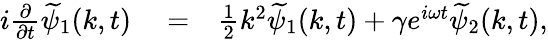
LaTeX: \begin{array}{rlr}{i\frac{\partial}{\partial t}\widetilde{\psi}_{1}(k,t)}&{{}=}&{\frac{1}{2}k^{2}\widetilde{\psi}_{1}(k,t)+\gamma e^{i\omega t}\widetilde{\psi}_{2}(k,t),}\end{array}